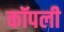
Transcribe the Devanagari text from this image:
कॉपली